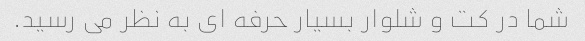
شما در کت و شلوار بسیار حرفه ای به نظر می رسید.